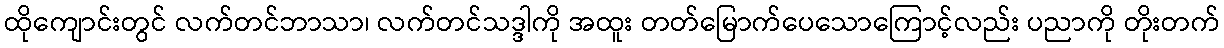
ထိုကျောင်းတွင် လက်တင်ဘာသာ၊ လက်တင်သဒ္ဒါကို အထူး တတ်မြောက်ပေသောကြောင့်လည်း ပညာကို တိုးတက်